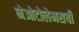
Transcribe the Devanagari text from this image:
नेओटोलेमसची